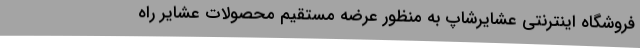
فروشگاه اینترنتی عشایرشاپ به منظور عرضه مستقیم محصولات عشایر راه